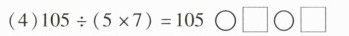
（4）105 \div(5\times7)=105 \bigcirc \square \bigcirc \square